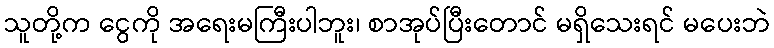
သူတို့က ငွေကို အရေးမကြီးပါဘူး၊ စာအုပ်ပြီးတောင် မရှိသေးရင် မပေးဘဲ